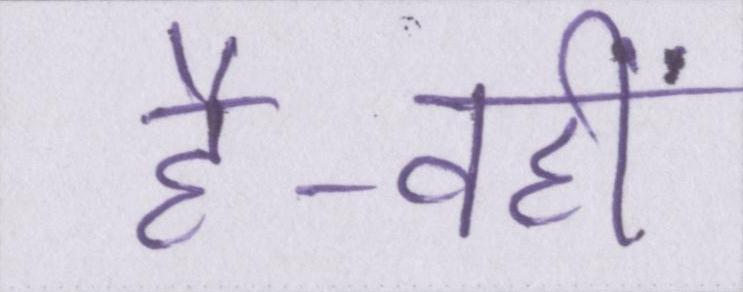
है-वहीं